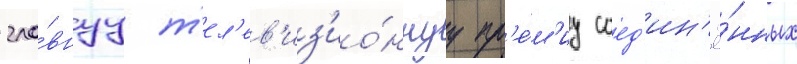
гла́внуу т'ел'ев'из'ио́ннуу пр'е́м'иу соед'ин'ё́нных